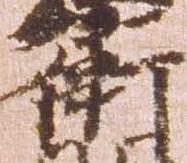
衛